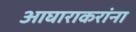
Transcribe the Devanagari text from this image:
आघाराकरांना